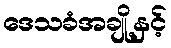
ဒေသခံအချို့နှင့်